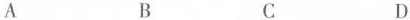
A B C D